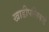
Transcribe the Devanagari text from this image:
खाडीपलिकडे